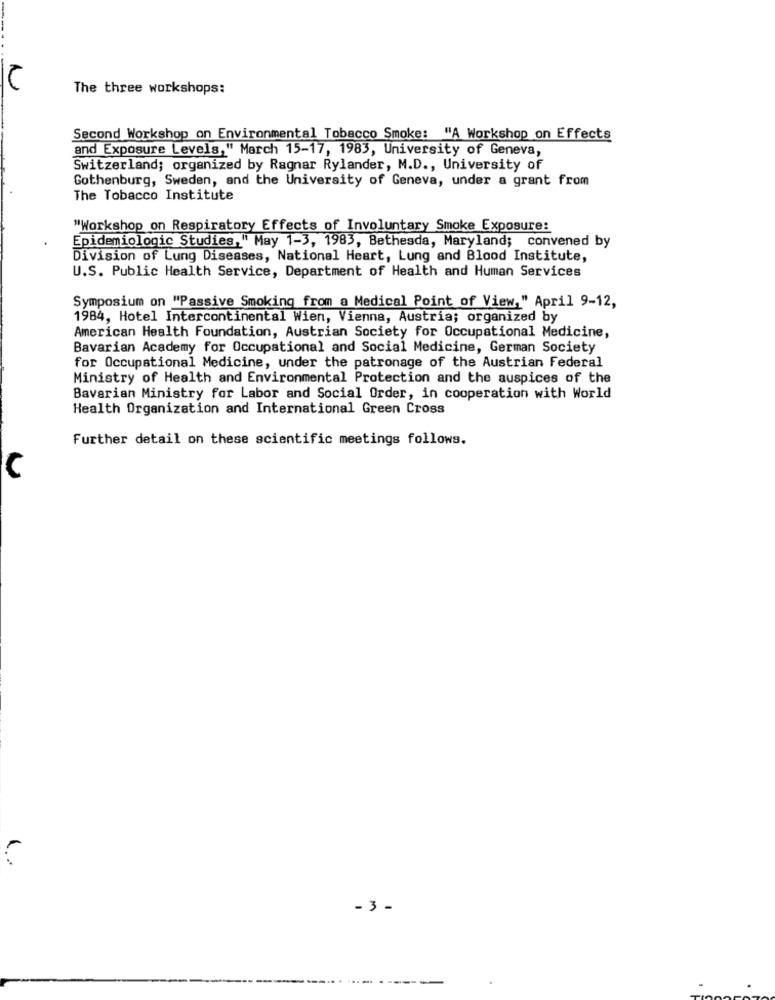
N
The three workshops:
Second Workshop on Environmental Tobacco Smoke: "A Workshop on Effects
and Exposure Levels," March 15-17, 1983, University of Geneva,
Switzerland; organized by Ragnar Rylander, M.D ., University of
Gothenburg, Sweden, and the University of Geneva, under a grant from
The Tobacco Institute
"Workshop on Respiratory Effects of Involuntary Smoke Exposure:
Epidemiologic Studies," May 1-3, 1983, Bethesda, Maryland; convened by
Division of Lung Diseases, National Heart, Lung and Blood Institute,
U.S. Public Health Service, Department of Health and Human Services
Symposium on "Passive Smoking from a Medical Point of View," April 9-12,
1984, Hotel Intercontinental Wien, Vienna, Austria; organized by
American Health Foundation, Austrian Society for Occupational Medicine,
Bavarian Academy for Occupational and Social Medicine, German Society
for Occupational Medicine, under the patronage of the Austrian Federal
Ministry of Health and Environmental Protection and the auspices of the
Bavarian Ministry for Labor and Social Order, in cooperation with World
Health Organization and International Green Cross
Further detail on these scientific meetings follows.
C
- 3 -